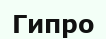
Гипро